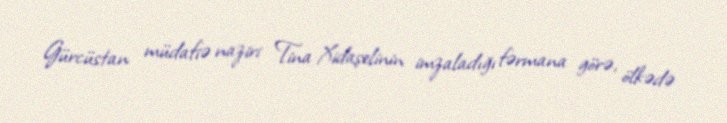
Gürcüstan müdafiə naziri Tina Xidaşelinin imzaladığı fərmana görə, ölkədə